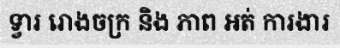
ទ្វារ រោងចក្រ និង ភាព អត់ ការងារ